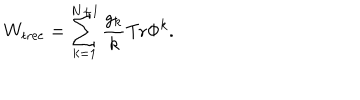
W _ { \mathrm { t r e e } } = \sum _ { k = 1 } ^ { N + 1 } \frac { g _ { k } } { k } \mathrm { T r } \Phi ^ { k } .